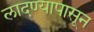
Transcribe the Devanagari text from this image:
लादण्यापासून